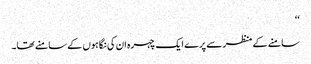
‘‘
سامنے کے منظر سے پرے ایک چہرہ ان کی نگاہوں کے سامنے تھا۔